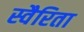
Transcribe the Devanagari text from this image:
स्वैरिता